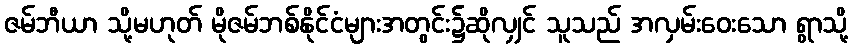
ဇမ်ဘီယာ သို့မဟုတ် မိုဇမ်ဘစ်နိုင်ငံများအတွင်း၌ဆိုလျှင် သူသည် အလှမ်းဝေးသော ရွာသို့